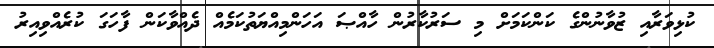
ކުޅިވަރާއި ޒުވާނުންގެ ކަންކަމަށް މި ސަރުކާރުން ހާއްޞަ އަހަންމިއްޔަތުކަމެއް ދެއްވާކަން ފާހަގަ ކުރެއްވިއިރު